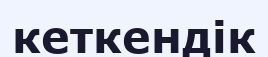
кеткендік